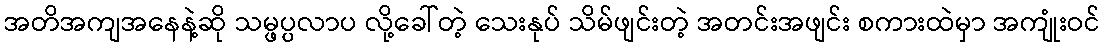
အတိအကျအနေနဲ့ဆို သမ္ဖပ္ပလာပ လို့ခေါ်တဲ့ သေးနုပ် သိမ်ဖျင်းတဲ့ အတင်းအဖျင်း စကားထဲမှာ အကျုံးဝင်